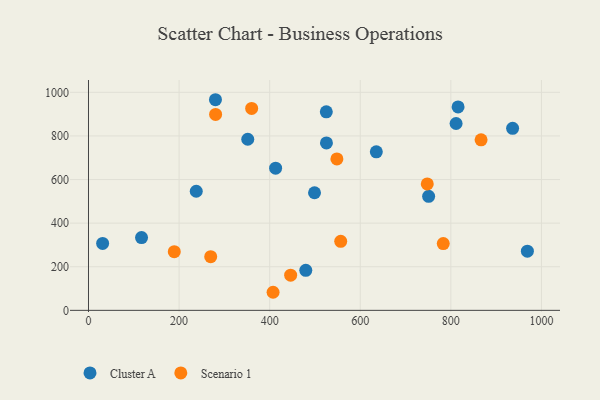
{"axis": {"x": "Speed", "y": "Fuel Efficiency"}, "legend": ["Cluster A", "Scenario 1"], "data": [{"x": "413.1", "y": 652.1, "type": "Cluster A"}, {"x": "635.4", "y": 727.3, "type": "Cluster A"}, {"x": "936.3", "y": 835.1, "type": "Cluster A"}, {"x": "117.1", "y": 333.6, "type": "Cluster A"}, {"x": "280.3", "y": 966.1, "type": "Cluster A"}, {"x": "479.7", "y": 183.8, "type": "Cluster A"}, {"x": "750.9", "y": 522.8, "type": "Cluster A"}, {"x": "351.6", "y": 784.8, "type": "Cluster A"}, {"x": "815.9", "y": 933.0, "type": "Cluster A"}, {"x": "237.9", "y": 546.4, "type": "Cluster A"}, {"x": "968.9", "y": 271.3, "type": "Cluster A"}, {"x": "31.2", "y": 306.8, "type": "Cluster A"}, {"x": "525.3", "y": 767.9, "type": "Cluster A"}, {"x": "811.5", "y": 857.1, "type": "Cluster A"}, {"x": "525.0", "y": 910.7, "type": "Cluster A"}, {"x": "499.0", "y": 539.5, "type": "Cluster A"}, {"x": "556.8", "y": 316.8, "type": "Scenario 1"}, {"x": "280.6", "y": 898.9, "type": "Scenario 1"}, {"x": "360.2", "y": 926.2, "type": "Scenario 1"}, {"x": "189.4", "y": 269.0, "type": "Scenario 1"}, {"x": "747.9", "y": 579.7, "type": "Scenario 1"}, {"x": "866.7", "y": 782.1, "type": "Scenario 1"}, {"x": "446.3", "y": 161.3, "type": "Scenario 1"}, {"x": "407.5", "y": 82.9, "type": "Scenario 1"}, {"x": "548.4", "y": 694.7, "type": "Scenario 1"}, {"x": "269.8", "y": 246.1, "type": "Scenario 1"}, {"x": "783.2", "y": 306.2, "type": "Scenario 1"}]}